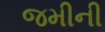
જમીની